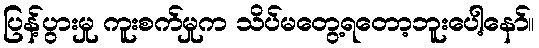
ပြန့်ပွားမှု ကူးစက်မှုက သိပ်မတွေ့ရတော့ဘူးပေါ့နော်။